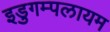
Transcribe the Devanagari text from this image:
इडुगम्पलायम